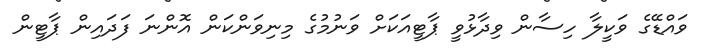
ވައްޑޭގެ ވަކީލާ ހިސާން ވިދާޅުވީ ޕާޓީއަކަށް ވަނުމުގެ މިނިވަންކަން އޮންނަ ފަދައިން ޕާޓީން